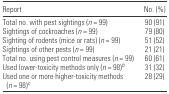
<table><thead><tr><td><b>Report</b></td><td><b>No. (%)</b></td></tr></thead><tbody><tr><td>Total no. with pest sightings (<i>n</i> = 99)</td><td>90 (91)</td></tr><tr><td>Sightings of cockroaches (<i>n</i> = 99)</td><td>79 (80)</td></tr><tr><td>Sighting of rodents (mice or rats) (<i>n</i> = 99)</td><td>51 (52)</td></tr><tr><td>Sightings of other pests (<i>n</i> = 99)</td><td>21 (21)</td></tr><tr><td>Total no. using pest control measures (<i>n</i> = 99)</td><td>60 (61)</td></tr><tr><td>Used lower-toxicity methods only (<i>n</i> = 98)b</td><td>31 (32)</td></tr><tr><td>Used one or more higher-toxicity methods (<i>n</i> = 98)c</td><td>28 (29)</td></tr></tbody></table>